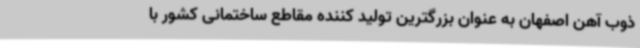
ذوب آهن اصفهان به عنوان بزرگترین تولید کننده مقاطع ساختمانی کشور با